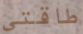
طاقتي